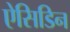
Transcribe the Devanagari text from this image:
ऐसिडिन